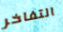
التفاخر